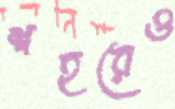
শহরেও